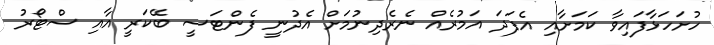
ހުށަހަޅާފައިވާ ކަމަށާއި އެފަދަ އަމުރެއް ނެރެދިނުމަށް އެދުނީ ފެންޓަސީ ބޭކަރީ އާއި ސްޓޯރު